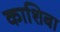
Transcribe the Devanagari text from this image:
काशिबा